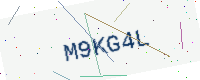
Text: M9KG4L